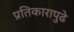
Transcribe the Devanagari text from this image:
प्रतिकारापुढे